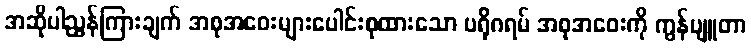
အဆိုပါညွှန်ကြားချက် အစုအဝေးများပေါင်းစုထားသော ပရိုဂရမ် အစုအဝေးကို ကွန်ပျူတာ